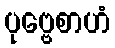
ပုဗ္ဗေစာဟံ